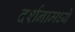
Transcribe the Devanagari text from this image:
दर्शनामध्ये